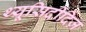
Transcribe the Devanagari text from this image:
थ्यूसिदीदिज़